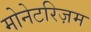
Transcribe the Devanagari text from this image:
मोनेटरिज़म